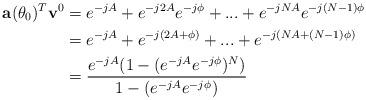
LaTeX: \begin{align*}\mathbf{a}(\theta_{0})^{T}\mathbf{v}^{0}&=e^{-jA}+e^{-j2A}e^{-j\phi}+...+e^{-jNA}e^{-j(N-1)\phi}\\&=e^{-jA}+e^{-j(2A+\phi)}+...+e^{-j(NA+(N-1)\phi)}\\&=\frac{e^{-jA}(1-(e^{-jA}e^{-j\phi})^N)}{1-(e^{-jA}e^{-j\phi})}\end{align*}